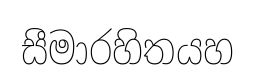
සීමාරහිතයහ